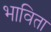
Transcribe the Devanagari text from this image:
भाविता